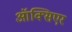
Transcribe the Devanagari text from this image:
ऑक्सिएर